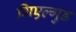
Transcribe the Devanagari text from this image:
गिएल्गुड